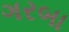
ગરબા